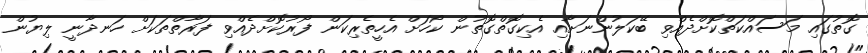
ގޮތުގައި މަސައްކަތްކޮށްދެއްވި ބޭކަލުންނަށާއި އެކިގޮތްގޮތުން ކޯހަށް އެހީތެރިކަން ފޯރުކޮށްދެއްވި ފަރާތްތަކަށް ހަނދާނީ ލިޔުން